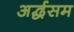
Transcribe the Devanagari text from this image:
अर्द्धसम